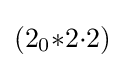
(2_{0}{*}2{\cdot }2)